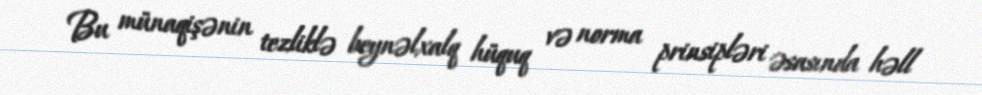
Bu münaqişənin tezliklə beynəlxalq hüquq və norma prinsipləri əsasında həll